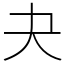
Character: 夬